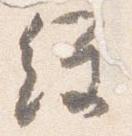
経